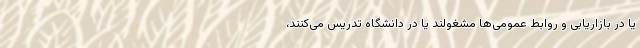
یا در بازاریابی و روابط عمومی‌ها مشغولند یا در دانشگاه تدریس می‌کنند،